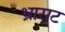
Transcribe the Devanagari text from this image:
भ्रासट